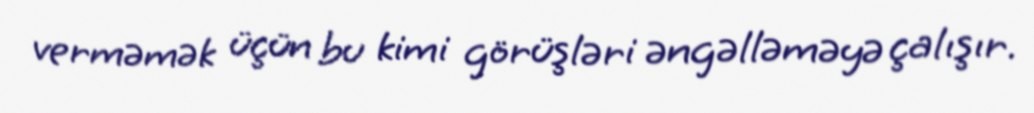
verməmək üçün bu kimi görüşləri əngəlləməyə çalışır.